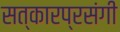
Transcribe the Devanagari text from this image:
सत्कारप्रसंगी